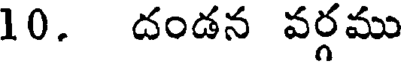
10. దండన వర్గము